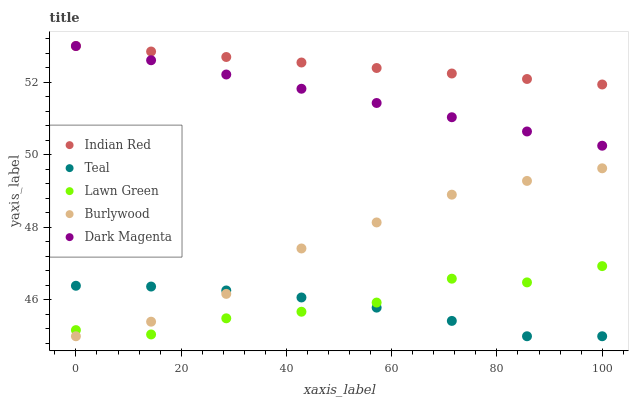
| xaxis_label | Indian Red | Teal | Lawn Green | Burlywood | Dark Magenta |
 | --- | --- | --- | --- | --- | --- |
 | 0 | 53 | 46.4 | 45.2 | 45 | 53 |
 | 14.3 | 52.8 | 46.4 | 45 | 45.4 | 52.6 |
 | 28.6 | 52.7 | 46.3 | 45.5 | 46.2 | 52.2 |
 | 42.9 | 52.5 | 46.1 | 45.7 | 47.4 | 51.8 |
 | 57.1 | 52.4 | 45.8 | 45.9 | 48.1 | 51.4 |
 | 71.4 | 52.2 | 45.4 | 46.6 | 48.9 | 51 |
 | 85.7 | 52.1 | 45 | 46.5 | 49.3 | 50.6 |
 | 100 | 51.9 | 45 | 46.9 | 49.6 | 50.3 |